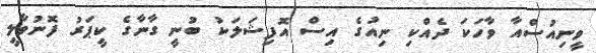
ވީނިއުސްއާ ވާހަކަ ދެއްކި ނިއުގެ އިސް އޮފިޝަލަކު ބުނީ ގާނާގެ ކީޕަރު ފޮނުވާލީ